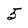
Character: 5